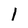
Character: 1